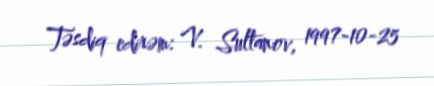
Təsdiq edirəm: V. Sultanov, 1997-10-25